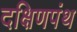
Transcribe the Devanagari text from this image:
दक्षिणपंथ